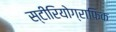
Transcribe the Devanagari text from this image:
स्टीरियोग्राफिक